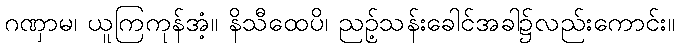
ဂဏှာမ၊ ယူကြကုန်အံ့။ နိသီထေပိ၊ ညဉ့်သန်းခေါင်အခါ၌လည်းကောင်း။